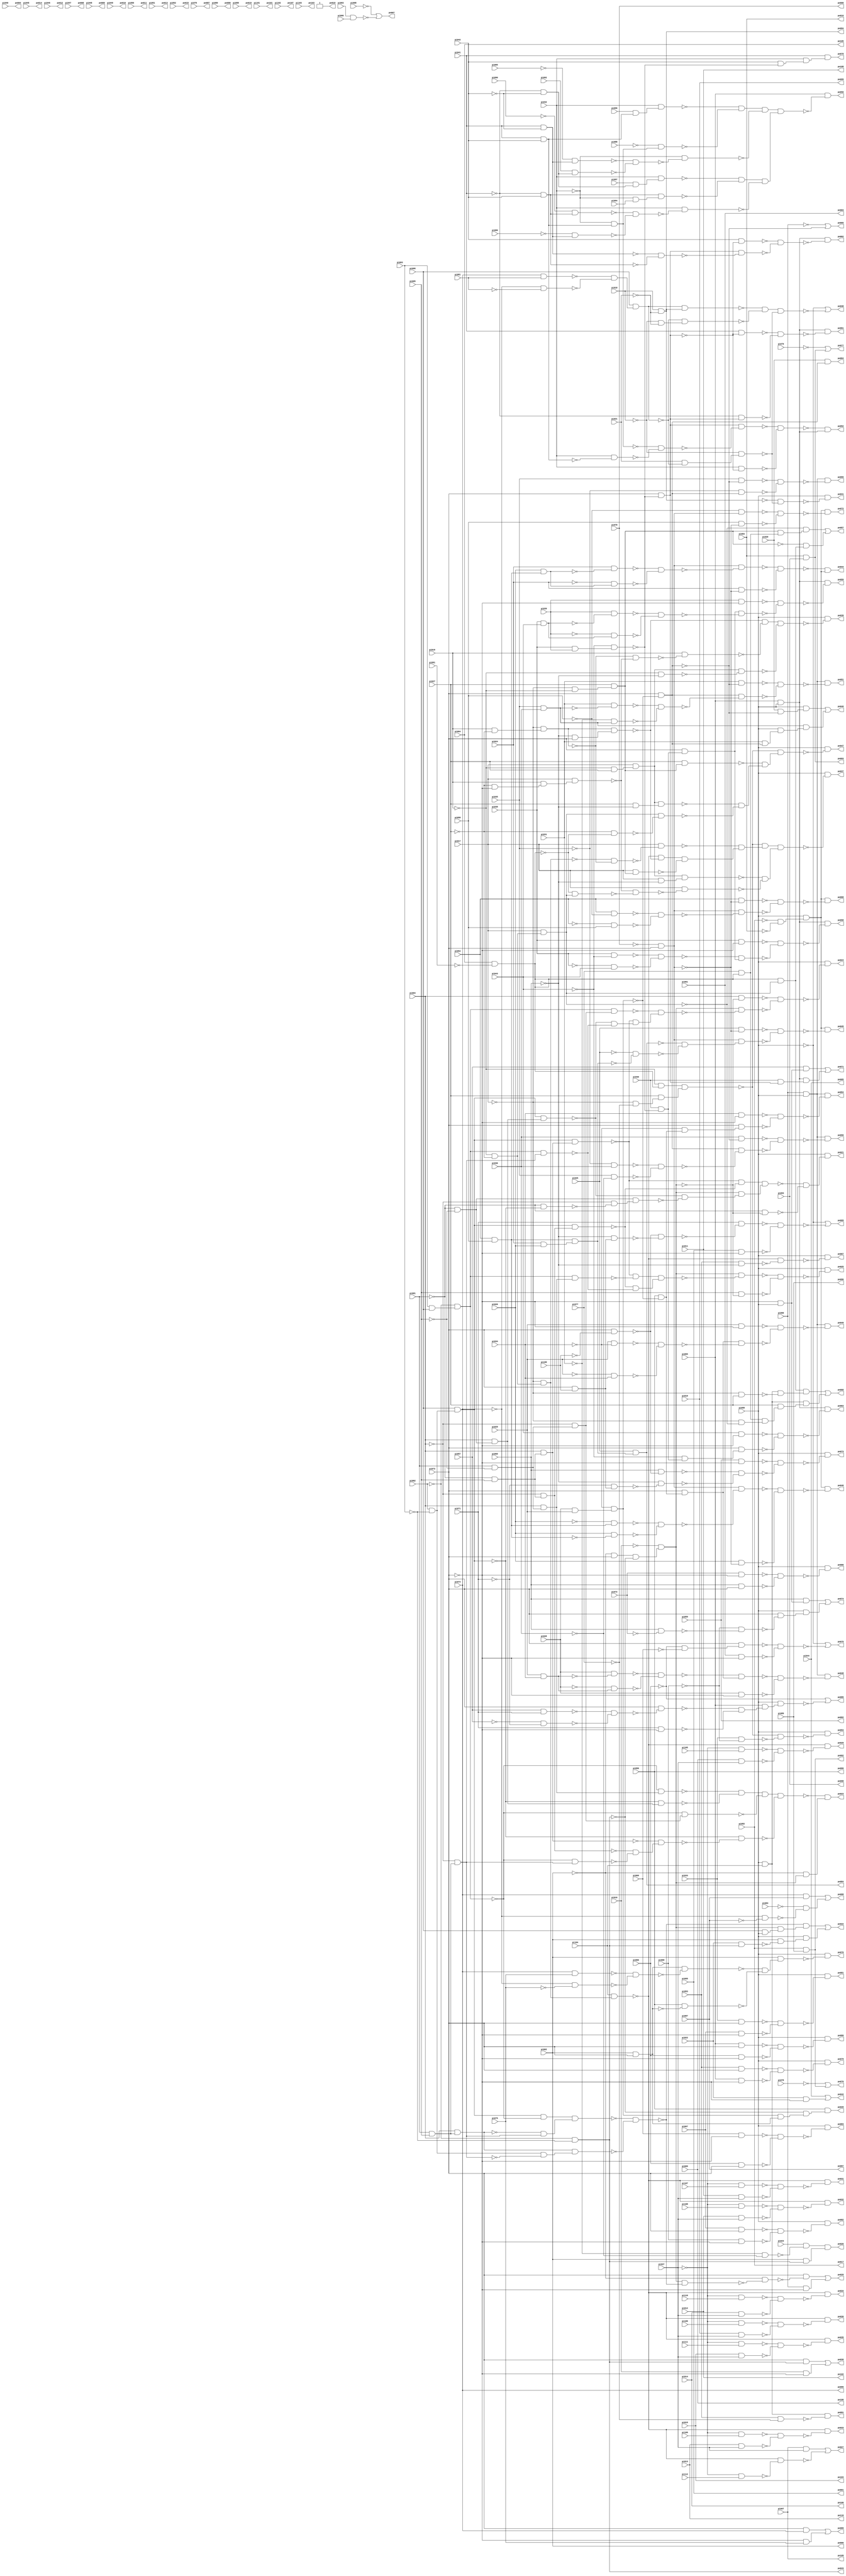
// Benchmark "usb_phy" written by ABC on Wed Apr 29 13:55:16 2015

module usb_phy ( 
    pi000, pi001, pi002, pi003, pi004, pi005, pi006, pi007, pi008, pi009,
    pi010, pi011, pi012, pi013, pi014, pi015, pi016, pi017, pi018, pi019,
    pi020, pi021, pi022, pi023, pi024, pi025, pi026, pi027, pi028, pi029,
    pi030, pi031, pi032, pi033, pi034, pi035, pi036, pi037, pi038, pi039,
    pi040, pi041, pi042, pi043, pi044, pi045, pi046, pi047, pi048, pi049,
    pi050, pi051, pi052, pi053, pi054, pi055, pi056, pi057, pi058, pi059,
    pi060, pi061, pi062, pi063, pi064, pi065, pi066, pi067, pi068, pi069,
    pi070, pi071, pi072, pi073, pi074, pi075, pi076, pi077, pi078, pi079,
    pi080, pi081, pi082, pi083, pi084, pi085, pi086, pi087, pi088, pi089,
    pi090, pi091, pi092, pi093, pi094, pi095, pi096, pi097, pi098, pi099,
    pi100, pi101, pi102, pi103, pi104, pi105, pi106, pi107, pi108, pi109,
    pi110, pi111, pi112,
    po000, po001, po002, po003, po004, po005, po006, po007, po008, po009,
    po010, po011, po012, po013, po014, po015, po016, po017, po018, po019,
    po020, po021, po022, po023, po024, po025, po026, po027, po028, po029,
    po030, po031, po032, po033, po034, po035, po036, po037, po038, po039,
    po040, po041, po042, po043, po044, po045, po046, po047, po048, po049,
    po050, po051, po052, po053, po054, po055, po056, po057, po058, po059,
    po060, po061, po062, po063, po064, po065, po066, po067, po068, po069,
    po070, po071, po072, po073, po074, po075, po076, po077, po078, po079,
    po080, po081, po082, po083, po084, po085, po086, po087, po088, po089,
    po090, po091, po092, po093, po094, po095, po096, po097, po098, po099,
    po100, po101, po102, po103, po104, po105, po106, po107, po108, po109,
    po110  );
  input  pi000, pi001, pi002, pi003, pi004, pi005, pi006, pi007, pi008,
    pi009, pi010, pi011, pi012, pi013, pi014, pi015, pi016, pi017, pi018,
    pi019, pi020, pi021, pi022, pi023, pi024, pi025, pi026, pi027, pi028,
    pi029, pi030, pi031, pi032, pi033, pi034, pi035, pi036, pi037, pi038,
    pi039, pi040, pi041, pi042, pi043, pi044, pi045, pi046, pi047, pi048,
    pi049, pi050, pi051, pi052, pi053, pi054, pi055, pi056, pi057, pi058,
    pi059, pi060, pi061, pi062, pi063, pi064, pi065, pi066, pi067, pi068,
    pi069, pi070, pi071, pi072, pi073, pi074, pi075, pi076, pi077, pi078,
    pi079, pi080, pi081, pi082, pi083, pi084, pi085, pi086, pi087, pi088,
    pi089, pi090, pi091, pi092, pi093, pi094, pi095, pi096, pi097, pi098,
    pi099, pi100, pi101, pi102, pi103, pi104, pi105, pi106, pi107, pi108,
    pi109, pi110, pi111, pi112;
  output po000, po001, po002, po003, po004, po005, po006, po007, po008, po009,
    po010, po011, po012, po013, po014, po015, po016, po017, po018, po019,
    po020, po021, po022, po023, po024, po025, po026, po027, po028, po029,
    po030, po031, po032, po033, po034, po035, po036, po037, po038, po039,
    po040, po041, po042, po043, po044, po045, po046, po047, po048, po049,
    po050, po051, po052, po053, po054, po055, po056, po057, po058, po059,
    po060, po061, po062, po063, po064, po065, po066, po067, po068, po069,
    po070, po071, po072, po073, po074, po075, po076, po077, po078, po079,
    po080, po081, po082, po083, po084, po085, po086, po087, po088, po089,
    po090, po091, po092, po093, po094, po095, po096, po097, po098, po099,
    po100, po101, po102, po103, po104, po105, po106, po107, po108, po109,
    po110;
  wire n226, n228, n230, n231, n232, n233, n234, n235, n236, n237, n238,
    n239, n240, n241, n242, n243, n244, n245, n246, n247, n248, n250, n251,
    n252, n253, n254, n255, n256, n257, n258, n259, n260, n261, n262, n263,
    n264, n265, n266, n268, n269, n270, n271, n272, n273, n275, n276, n277,
    n278, n279, n280, n281, n282, n283, n284, n285, n286, n287, n288, n290,
    n291, n292, n293, n294, n295, n296, n297, n299, n300, n301, n302, n303,
    n304, n305, n307, n308, n309, n311, n312, n313, n314, n315, n316, n318,
    n319, n320, n321, n322, n324, n325, n326, n328, n329, n330, n332, n333,
    n334, n336, n337, n338, n340, n341, n342, n344, n345, n346, n348, n349,
    n350, n352, n353, n355, n356, n357, n358, n359, n360, n361, n362, n363,
    n364, n365, n366, n367, n368, n369, n370, n371, n372, n373, n374, n375,
    n376, n377, n378, n379, n380, n381, n382, n383, n384, n385, n387, n388,
    n389, n390, n392, n393, n394, n395, n396, n397, n398, n400, n401, n402,
    n403, n404, n405, n407, n408, n409, n410, n411, n412, n413, n415, n417,
    n419, n420, n421, n422, n423, n424, n425, n426, n427, n428, n429, n431,
    n432, n433, n435, n436, n437, n438, n440, n441, n442, n443, n444, n445,
    n447, n448, n449, n450, n451, n452, n453, n454, n456, n457, n458, n459,
    n460, n461, n462, n463, n464, n465, n467, n468, n469, n470, n471, n472,
    n474, n475, n476, n477, n478, n479, n480, n481, n482, n483, n484, n485,
    n486, n487, n488, n489, n490, n491, n492, n493, n494, n495, n496, n497,
    n498, n500, n501, n502, n503, n504, n505, n507, n508, n509, n510, n511,
    n512, n513, n514, n515, n517, n518, n520, n521, n522, n523, n525, n526,
    n527, n529, n530, n531, n532, n533, n534, n536, n537, n538, n539, n540,
    n542, n543, n544, n545, n546, n547, n548, n549, n551, n552, n553, n554,
    n555, n556, n557, n559, n560, n561, n562, n563, n564, n565, n566, n568,
    n569, n570, n572, n573, n574, n575, n577, n578, n579, n580, n584, n585,
    n587, n588, n589, n590, n591, n592, n594, n595, n596, n597, n598, n599,
    n600, n602, n603, n604, n605, n606, n607, n608, n610, n611, n612, n613,
    n615, n616, n617, n619, n620, n621, n622, n623, n624, n626, n627, n628,
    n629, n630, n632, n633, n634, n635, n641, n642, n644, n645, n646, n648,
    n649, n650, n652, n653, n654, n656, n657, n658, n660, n661, n662, n664,
    n665, n666, n667, n668, n669, n670, n671, n673, n674, n675, n677, n678,
    n679, n681, n682, n684;
  assign n226 = pi003 & pi006;
  assign po007 = ~pi008 | ~n226;
  assign n228 = ~pi002 & pi073;
  assign po043 = ~pi062 & ~pi063;
  assign n230 = n228 & ~po043;
  assign n231 = ~pi016 & n230;
  assign n232 = pi062 & ~pi063;
  assign n233 = pi095 & n232;
  assign n234 = pi063 & pi095;
  assign n235 = ~pi062 & n234;
  assign n236 = n233 & ~n235;
  assign n237 = pi001 & pi005;
  assign n238 = pi004 & n237;
  assign n239 = ~pi004 & n237;
  assign n240 = ~n238 & n239;
  assign n241 = n236 & n240;
  assign n242 = n232 & ~n239;
  assign n243 = n238 & n242;
  assign n244 = ~n241 & ~n243;
  assign n245 = n231 & ~n244;
  assign n246 = ~pi002 & ~n245;
  assign n247 = pi073 & ~n246;
  assign n248 = pi000 & ~pi073;
  assign po020 = n247 | n248;
  assign n250 = ~pi001 & pi005;
  assign n251 = pi004 & n250;
  assign n252 = n233 & n251;
  assign n253 = ~pi004 & n250;
  assign n254 = n233 & n253;
  assign n255 = ~n252 & ~n254;
  assign n256 = ~pi001 & ~pi005;
  assign n257 = pi004 & n256;
  assign n258 = n233 & n257;
  assign n259 = ~pi001 & ~n233;
  assign n260 = ~pi004 & ~n259;
  assign n261 = n256 & n260;
  assign n262 = ~n258 & ~n261;
  assign n263 = n231 & n262;
  assign n264 = n255 & n263;
  assign n265 = ~pi001 & ~n231;
  assign n266 = ~n264 & ~n265;
  assign po021 = pi099 & n266;
  assign n268 = pi095 & pi099;
  assign n269 = n231 & n268;
  assign n270 = ~n244 & n269;
  assign n271 = pi022 & po043;
  assign n272 = pi002 & ~n271;
  assign n273 = pi099 & n272;
  assign po022 = n270 | n273;
  assign n275 = pi001 & ~pi005;
  assign n276 = pi004 & n275;
  assign n277 = ~n235 & n276;
  assign n278 = ~n233 & n257;
  assign n279 = ~n277 & ~n278;
  assign n280 = ~pi004 & n275;
  assign n281 = ~n235 & n280;
  assign n282 = n279 & ~n281;
  assign n283 = ~n235 & n239;
  assign n284 = ~n253 & ~n283;
  assign n285 = ~n251 & n284;
  assign n286 = ~n233 & ~n285;
  assign n287 = n282 & ~n286;
  assign n288 = ~pi002 & n231;
  assign po023 = ~n287 & n288;
  assign n290 = pi004 & ~n231;
  assign n291 = n235 & n280;
  assign n292 = n235 & n239;
  assign n293 = ~n258 & ~n292;
  assign n294 = ~n252 & n293;
  assign n295 = ~n291 & n294;
  assign n296 = n231 & ~n295;
  assign n297 = ~n290 & ~n296;
  assign po024 = pi099 & ~n297;
  assign n299 = n235 & n276;
  assign n300 = ~n252 & ~n299;
  assign n301 = ~n254 & ~n292;
  assign n302 = n300 & n301;
  assign n303 = n231 & ~n302;
  assign n304 = pi005 & ~n231;
  assign n305 = ~n303 & ~n304;
  assign po025 = pi099 & ~n305;
  assign n307 = ~pi031 & ~pi036;
  assign n308 = pi023 & ~n307;
  assign n309 = pi002 & po043;
  assign po026 = n308 & n309;
  assign n311 = pi007 & pi037;
  assign n312 = ~pi019 & ~pi027;
  assign n313 = ~pi017 & n312;
  assign n314 = pi104 & n313;
  assign n315 = ~pi037 & pi112;
  assign n316 = ~n314 & ~n315;
  assign po027 = n311 | ~n316;
  assign n318 = pi028 & pi029;
  assign n319 = ~pi034 & n318;
  assign n320 = pi002 & pi073;
  assign n321 = n319 & n320;
  assign n322 = ~po043 & n321;
  assign po028 = pi056 & n322;
  assign n324 = ~pi037 & pi105;
  assign n325 = pi009 & pi037;
  assign n326 = ~n324 & ~n325;
  assign po029 = ~n314 & ~n326;
  assign n328 = ~pi037 & pi106;
  assign n329 = pi010 & pi037;
  assign n330 = ~n328 & ~n329;
  assign po030 = ~n314 & ~n330;
  assign n332 = ~pi037 & pi107;
  assign n333 = pi011 & pi037;
  assign n334 = ~n332 & ~n333;
  assign po031 = ~n314 & ~n334;
  assign n336 = ~pi037 & pi108;
  assign n337 = pi012 & pi037;
  assign n338 = ~n336 & ~n337;
  assign po032 = ~n314 & ~n338;
  assign n340 = ~pi037 & pi109;
  assign n341 = pi013 & pi037;
  assign n342 = ~n340 & ~n341;
  assign po033 = ~n314 & ~n342;
  assign n344 = ~pi037 & pi110;
  assign n345 = pi014 & pi037;
  assign n346 = ~n344 & ~n345;
  assign po034 = ~n314 & ~n346;
  assign n348 = ~pi037 & pi111;
  assign n349 = pi015 & pi037;
  assign n350 = ~n348 & ~n349;
  assign po035 = ~n314 & ~n350;
  assign n352 = pi073 & po043;
  assign n353 = pi016 & ~pi073;
  assign po036 = n352 | n353;
  assign n355 = pi064 & ~pi091;
  assign n356 = ~pi019 & n355;
  assign n357 = ~pi017 & ~pi077;
  assign n358 = pi027 & n357;
  assign n359 = n356 & n358;
  assign n360 = pi019 & ~pi027;
  assign n361 = ~pi017 & n360;
  assign n362 = ~n313 & ~n361;
  assign n363 = pi017 & ~n362;
  assign n364 = ~pi060 & pi073;
  assign n365 = n361 & n364;
  assign n366 = ~n314 & ~n365;
  assign n367 = ~pi017 & ~pi019;
  assign n368 = pi027 & n367;
  assign n369 = pi017 & n368;
  assign n370 = n366 & ~n369;
  assign n371 = ~n363 & n370;
  assign n372 = ~n359 & n371;
  assign n373 = ~pi019 & pi027;
  assign n374 = pi017 & n373;
  assign n375 = pi017 & ~pi060;
  assign n376 = n374 & n375;
  assign n377 = ~pi027 & ~pi073;
  assign n378 = pi019 & n377;
  assign n379 = pi017 & n378;
  assign n380 = pi017 & n312;
  assign n381 = ~n355 & n380;
  assign n382 = ~n379 & ~n381;
  assign n383 = pi017 & ~n382;
  assign n384 = ~n376 & ~n383;
  assign n385 = n372 & n384;
  assign po037 = pi099 & ~n385;
  assign n387 = pi074 & pi081;
  assign n388 = ~pi074 & ~pi081;
  assign n389 = ~n387 & ~n388;
  assign n390 = pi095 & n389;
  assign po094 = pi018 & ~pi021;
  assign n392 = n390 & po094;
  assign n393 = ~pi018 & ~pi021;
  assign n394 = ~n390 & n393;
  assign n395 = ~n392 & ~n394;
  assign n396 = pi021 & ~n390;
  assign n397 = ~pi018 & n396;
  assign n398 = n395 & ~n397;
  assign po038 = ~pi099 | ~n398;
  assign n400 = ~n361 & ~n379;
  assign n401 = pi019 & ~n400;
  assign n402 = ~n365 & ~n401;
  assign n403 = ~pi019 & ~pi060;
  assign n404 = n374 & ~n403;
  assign n405 = n402 & ~n404;
  assign po039 = pi099 & ~n405;
  assign n407 = pi073 & ~n319;
  assign n408 = pi020 & ~n407;
  assign n409 = pi099 & n408;
  assign n410 = pi035 & pi036;
  assign n411 = pi031 & n407;
  assign n412 = pi099 & n411;
  assign n413 = n410 & n412;
  assign po040 = n409 | n413;
  assign n415 = ~po094 & ~n397;
  assign po041 = pi099 & ~n415;
  assign n417 = pi022 & ~pi073;
  assign po042 = pi044 | n417;
  assign n419 = ~pi070 & pi073;
  assign n420 = pi054 & pi058;
  assign n421 = pi026 & n420;
  assign n422 = pi024 & ~n421;
  assign n423 = ~pi024 & n421;
  assign n424 = ~n422 & ~n423;
  assign n425 = n419 & ~n424;
  assign n426 = pi024 & ~n419;
  assign n427 = ~n425 & ~n426;
  assign n428 = ~pi082 & ~pi084;
  assign n429 = pi099 & n428;
  assign po044 = ~n427 & n429;
  assign n431 = pi025 & ~n419;
  assign n432 = pi024 & pi026;
  assign n433 = n420 & n432;
  assign po084 = pi025 & n433;
  assign n435 = ~pi025 & ~n433;
  assign n436 = ~po084 & ~n435;
  assign n437 = n419 & n436;
  assign n438 = ~n431 & ~n437;
  assign po045 = n429 & ~n438;
  assign n440 = ~pi026 & n420;
  assign n441 = pi026 & ~n420;
  assign n442 = ~n440 & ~n441;
  assign n443 = n419 & ~n442;
  assign n444 = pi026 & ~n419;
  assign n445 = ~n443 & ~n444;
  assign po046 = n429 & ~n445;
  assign n447 = pi027 & n368;
  assign n448 = pi027 & ~pi060;
  assign n449 = n374 & n448;
  assign n450 = ~pi027 & ~n355;
  assign n451 = n380 & ~n450;
  assign n452 = ~n449 & ~n451;
  assign n453 = ~n447 & n452;
  assign n454 = ~n359 & n453;
  assign po047 = pi099 & ~n454;
  assign n456 = pi000 & pi099;
  assign n457 = pi029 & pi034;
  assign n458 = pi028 & ~n457;
  assign n459 = ~pi028 & n457;
  assign n460 = ~n458 & ~n459;
  assign n461 = pi056 & ~n319;
  assign n462 = pi073 & n461;
  assign n463 = ~n460 & n462;
  assign n464 = pi028 & ~pi073;
  assign n465 = ~n463 & ~n464;
  assign po048 = n456 & ~n465;
  assign n467 = pi029 & ~pi073;
  assign n468 = pi029 & ~pi034;
  assign n469 = ~pi029 & pi034;
  assign n470 = ~n468 & ~n469;
  assign n471 = n462 & ~n470;
  assign n472 = ~n467 & ~n471;
  assign po049 = n456 & ~n472;
  assign n474 = pi041 & pi042;
  assign n475 = pi096 & n474;
  assign n476 = pi032 & n475;
  assign n477 = ~pi032 & n474;
  assign n478 = ~pi088 & n477;
  assign n479 = ~n476 & ~n478;
  assign n480 = pi041 & ~pi042;
  assign n481 = ~pi085 & n480;
  assign n482 = ~pi041 & ~pi042;
  assign n483 = pi092 & n482;
  assign n484 = ~n481 & ~n483;
  assign n485 = ~pi032 & ~n484;
  assign n486 = n479 & ~n485;
  assign n487 = pi097 & n482;
  assign n488 = pi032 & n487;
  assign n489 = ~pi041 & pi042;
  assign n490 = ~pi032 & pi094;
  assign n491 = n489 & n490;
  assign n492 = ~n488 & ~n491;
  assign n493 = ~pi090 & n489;
  assign n494 = ~pi086 & n480;
  assign n495 = ~n493 & ~n494;
  assign n496 = pi032 & ~n495;
  assign n497 = n492 & ~n496;
  assign n498 = n486 & n497;
  assign po050 = pi065 & ~n498;
  assign n500 = pi031 & ~n407;
  assign n501 = pi031 & ~n410;
  assign n502 = ~pi031 & n410;
  assign n503 = ~n501 & ~n502;
  assign n504 = n407 & ~n503;
  assign n505 = ~n500 & ~n504;
  assign po051 = n456 & ~n505;
  assign n507 = pi038 & pi039;
  assign n508 = ~pi043 & n507;
  assign n509 = pi073 & ~n508;
  assign n510 = pi032 & ~n474;
  assign n511 = ~n477 & ~n510;
  assign n512 = n509 & ~n511;
  assign n513 = pi032 & ~n509;
  assign n514 = ~n512 & ~n513;
  assign n515 = pi065 & pi099;
  assign po052 = ~n514 & n515;
  assign n517 = pi033 & ~pi068;
  assign n518 = ~n359 & ~n517;
  assign po053 = pi099 & ~n518;
  assign n520 = pi034 & ~pi073;
  assign n521 = ~pi034 & n461;
  assign n522 = pi073 & n521;
  assign n523 = ~n520 & ~n522;
  assign po054 = n456 & ~n523;
  assign n525 = pi035 & ~n407;
  assign n526 = ~pi035 & n407;
  assign n527 = ~n525 & ~n526;
  assign po055 = n456 & ~n527;
  assign n529 = pi036 & ~n407;
  assign n530 = ~pi035 & pi036;
  assign n531 = pi035 & ~pi036;
  assign n532 = ~n530 & ~n531;
  assign n533 = n407 & ~n532;
  assign n534 = ~n529 & ~n533;
  assign po056 = n456 & ~n534;
  assign n536 = pi077 & n355;
  assign n537 = n368 & n536;
  assign n538 = ~n380 & n537;
  assign n539 = n355 & n380;
  assign n540 = ~n368 & n539;
  assign po057 = n538 | n540;
  assign n542 = pi038 & ~pi073;
  assign n543 = pi038 & ~pi043;
  assign n544 = ~pi038 & pi043;
  assign n545 = ~n543 & ~n544;
  assign n546 = pi030 & ~n508;
  assign n547 = pi073 & n546;
  assign n548 = ~n545 & n547;
  assign n549 = ~n542 & ~n548;
  assign po058 = n515 & ~n549;
  assign n551 = pi039 & ~pi073;
  assign n552 = pi038 & pi043;
  assign n553 = pi039 & ~n552;
  assign n554 = ~pi039 & n552;
  assign n555 = ~n553 & ~n554;
  assign n556 = n547 & ~n555;
  assign n557 = ~n551 & ~n556;
  assign po059 = n515 & ~n557;
  assign n559 = pi099 & pi104;
  assign n560 = ~pi017 & pi027;
  assign n561 = n559 & ~n560;
  assign n562 = n539 & n561;
  assign n563 = ~pi017 & ~n380;
  assign n564 = n536 & n563;
  assign n565 = pi027 & n564;
  assign n566 = n559 & n565;
  assign po060 = n562 | n566;
  assign n568 = pi041 & ~n509;
  assign n569 = ~pi041 & n509;
  assign n570 = ~n568 & ~n569;
  assign po061 = n515 & ~n570;
  assign n572 = pi042 & ~n509;
  assign n573 = ~n480 & ~n489;
  assign n574 = n509 & ~n573;
  assign n575 = ~n572 & ~n574;
  assign po062 = n515 & ~n575;
  assign n577 = pi043 & ~pi073;
  assign n578 = ~pi043 & n546;
  assign n579 = pi073 & n578;
  assign n580 = ~n577 & ~n579;
  assign po063 = n515 & ~n580;
  assign po064 = pi020 & n407;
  assign po065 = ~pi000 | ~n407;
  assign n584 = pi053 & ~pi060;
  assign n585 = ~n314 & ~n584;
  assign po067 = pi099 & ~n585;
  assign n587 = pi054 & ~n419;
  assign n588 = pi054 & ~pi058;
  assign n589 = ~pi054 & pi058;
  assign n590 = ~n588 & ~n589;
  assign n591 = n419 & ~n590;
  assign n592 = ~n587 & ~n591;
  assign po068 = n429 & ~n592;
  assign n594 = pi073 & ~pi100;
  assign n595 = pi073 & pi100;
  assign n596 = ~pi060 & n595;
  assign n597 = ~n594 & ~n596;
  assign n598 = pi071 & ~n597;
  assign n599 = pi055 & ~pi073;
  assign n600 = ~n598 & ~n599;
  assign po069 = ~pi099 | ~n600;
  assign n602 = pi074 & pi075;
  assign n603 = ~pi074 & ~pi075;
  assign n604 = ~n602 & ~n603;
  assign n605 = n320 & ~n604;
  assign n606 = pi056 & ~n320;
  assign n607 = ~n605 & ~n606;
  assign n608 = pi002 & n607;
  assign po070 = pi099 & ~n608;
  assign n610 = ~pi073 & pi099;
  assign n611 = pi057 & n610;
  assign n612 = pi030 & n509;
  assign n613 = n515 & n612;
  assign po071 = n611 | n613;
  assign n615 = ~pi058 & n419;
  assign n616 = pi058 & ~n419;
  assign n617 = ~n615 & ~n616;
  assign po072 = n429 & ~n617;
  assign n619 = pi059 & ~pi073;
  assign n620 = pi060 & ~n594;
  assign n621 = ~pi071 & n595;
  assign n622 = ~pi060 & ~n621;
  assign n623 = ~n620 & ~n622;
  assign n624 = ~n619 & ~n623;
  assign po073 = pi099 & ~n624;
  assign n626 = pi060 & n610;
  assign n627 = pi060 & ~pi072;
  assign n628 = ~pi068 & ~n627;
  assign n629 = pi073 & ~n628;
  assign n630 = pi099 & n629;
  assign po074 = n626 | n630;
  assign n632 = ~pi066 & ~pi069;
  assign n633 = pi073 & n632;
  assign n634 = pi061 & ~pi073;
  assign n635 = ~n633 & ~n634;
  assign po075 = ~pi099 | ~n635;
  assign po092 = pi082 & pi089;
  assign po076 = ~pi078 | po092;
  assign po093 = pi084 & pi093;
  assign po077 = ~pi079 | po093;
  assign n641 = pi042 & ~n508;
  assign n642 = pi032 & n641;
  assign po078 = pi041 & n642;
  assign n644 = pi053 & pi073;
  assign n645 = pi065 & ~pi073;
  assign n646 = ~n644 & ~n645;
  assign po079 = pi099 & ~n646;
  assign n648 = pi065 & pi073;
  assign n649 = pi066 & ~pi073;
  assign n650 = ~n648 & ~n649;
  assign po080 = pi099 & ~n650;
  assign n652 = pi033 & pi073;
  assign n653 = pi067 & ~pi073;
  assign n654 = ~n652 & ~n653;
  assign po081 = pi099 & ~n654;
  assign n656 = pi067 & pi073;
  assign n657 = pi068 & ~pi073;
  assign n658 = ~n656 & ~n657;
  assign po082 = pi099 & ~n658;
  assign n660 = pi069 & ~pi073;
  assign n661 = pi066 & pi073;
  assign n662 = ~n660 & ~n661;
  assign po083 = pi099 & ~n662;
  assign n664 = pi057 & pi071;
  assign n665 = ~pi057 & ~pi071;
  assign n666 = ~n664 & ~n665;
  assign n667 = pi073 & ~n666;
  assign n668 = pi071 & ~pi073;
  assign n669 = ~n667 & ~n668;
  assign n670 = pi065 & n669;
  assign n671 = pi099 & n670;
  assign po085 = ~pi066 | ~n671;
  assign n673 = pi072 & ~pi073;
  assign n674 = pi060 & pi073;
  assign n675 = ~n673 & ~n674;
  assign po086 = pi099 & ~n675;
  assign n677 = pi074 & pi087;
  assign n678 = ~pi074 & ~pi087;
  assign n679 = ~pi083 & ~n678;
  assign po088 = n677 | n679;
  assign n681 = pi073 & pi074;
  assign n682 = ~pi073 & pi075;
  assign po089 = n681 | n682;
  assign n684 = pi053 & ~pi077;
  assign po091 = n559 & ~n684;
  assign po018 = 1'b1;
  assign po000 = pi070;
  assign po001 = pi055;
  assign po002 = pi059;
  assign po003 = pi061;
  assign po004 = pi040;
  assign po005 = pi044;
  assign po006 = pi002;
  assign po008 = pi047;
  assign po009 = pi048;
  assign po010 = pi049;
  assign po011 = pi050;
  assign po012 = pi046;
  assign po013 = pi051;
  assign po014 = pi045;
  assign po015 = pi052;
  assign po016 = pi084;
  assign po017 = pi082;
  assign po019 = pi098;
  assign po066 = pi056;
  assign po087 = pi076;
  assign po090 = pi080;
  assign po095 = pi074;
  assign po096 = pi089;
  assign po097 = pi087;
  assign po098 = pi093;
  assign po099 = pi010;
  assign po100 = pi014;
  assign po101 = pi101;
  assign po102 = pi012;
  assign po103 = pi103;
  assign po104 = pi015;
  assign po105 = pi064;
  assign po106 = pi009;
  assign po107 = pi102;
  assign po108 = pi011;
  assign po109 = pi007;
  assign po110 = pi013;
endmodule